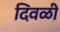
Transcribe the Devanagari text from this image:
दिवळी